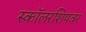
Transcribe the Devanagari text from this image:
स्कॉलरशिपवर